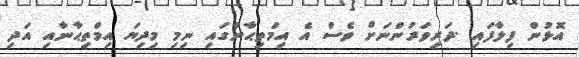
އޮޅުން ފިލާފައި .ދަރިވަރުންނަށް ވެސް އެ އިމްތިޙާނުގައި ނިމި މިދިޔަ އިމްތިޙާނާއި އަދި